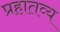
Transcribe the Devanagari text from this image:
प्रहातव्य